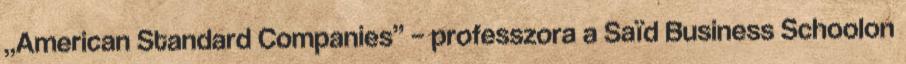
„American Standard Companies” – professzora a Saïd Business Schoolon